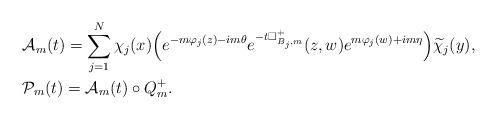
LaTeX: \begin{align*} &\mathcal{A}_m(t)=\sum^N_{j=1}\chi_j(x)\Bigr(e^{-m\varphi_j(z)-im\theta}e^{-t\Box^+_{B_j,m}}(z,w)e^{m\varphi_j(w)+im\eta}\Bigr)\widetilde\chi_j(y), \\&\mathcal{P}_m(t)=\mathcal{A}_m(t)\circ Q^+_m.\end{align*}